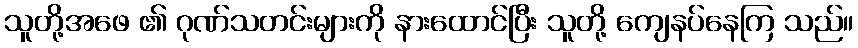
သူတို့အဖေ ၏ ဂုဏ်သတင်းများကို နားထောင်ပြီး သူတို့ ကျေနပ်နေကြ သည်။